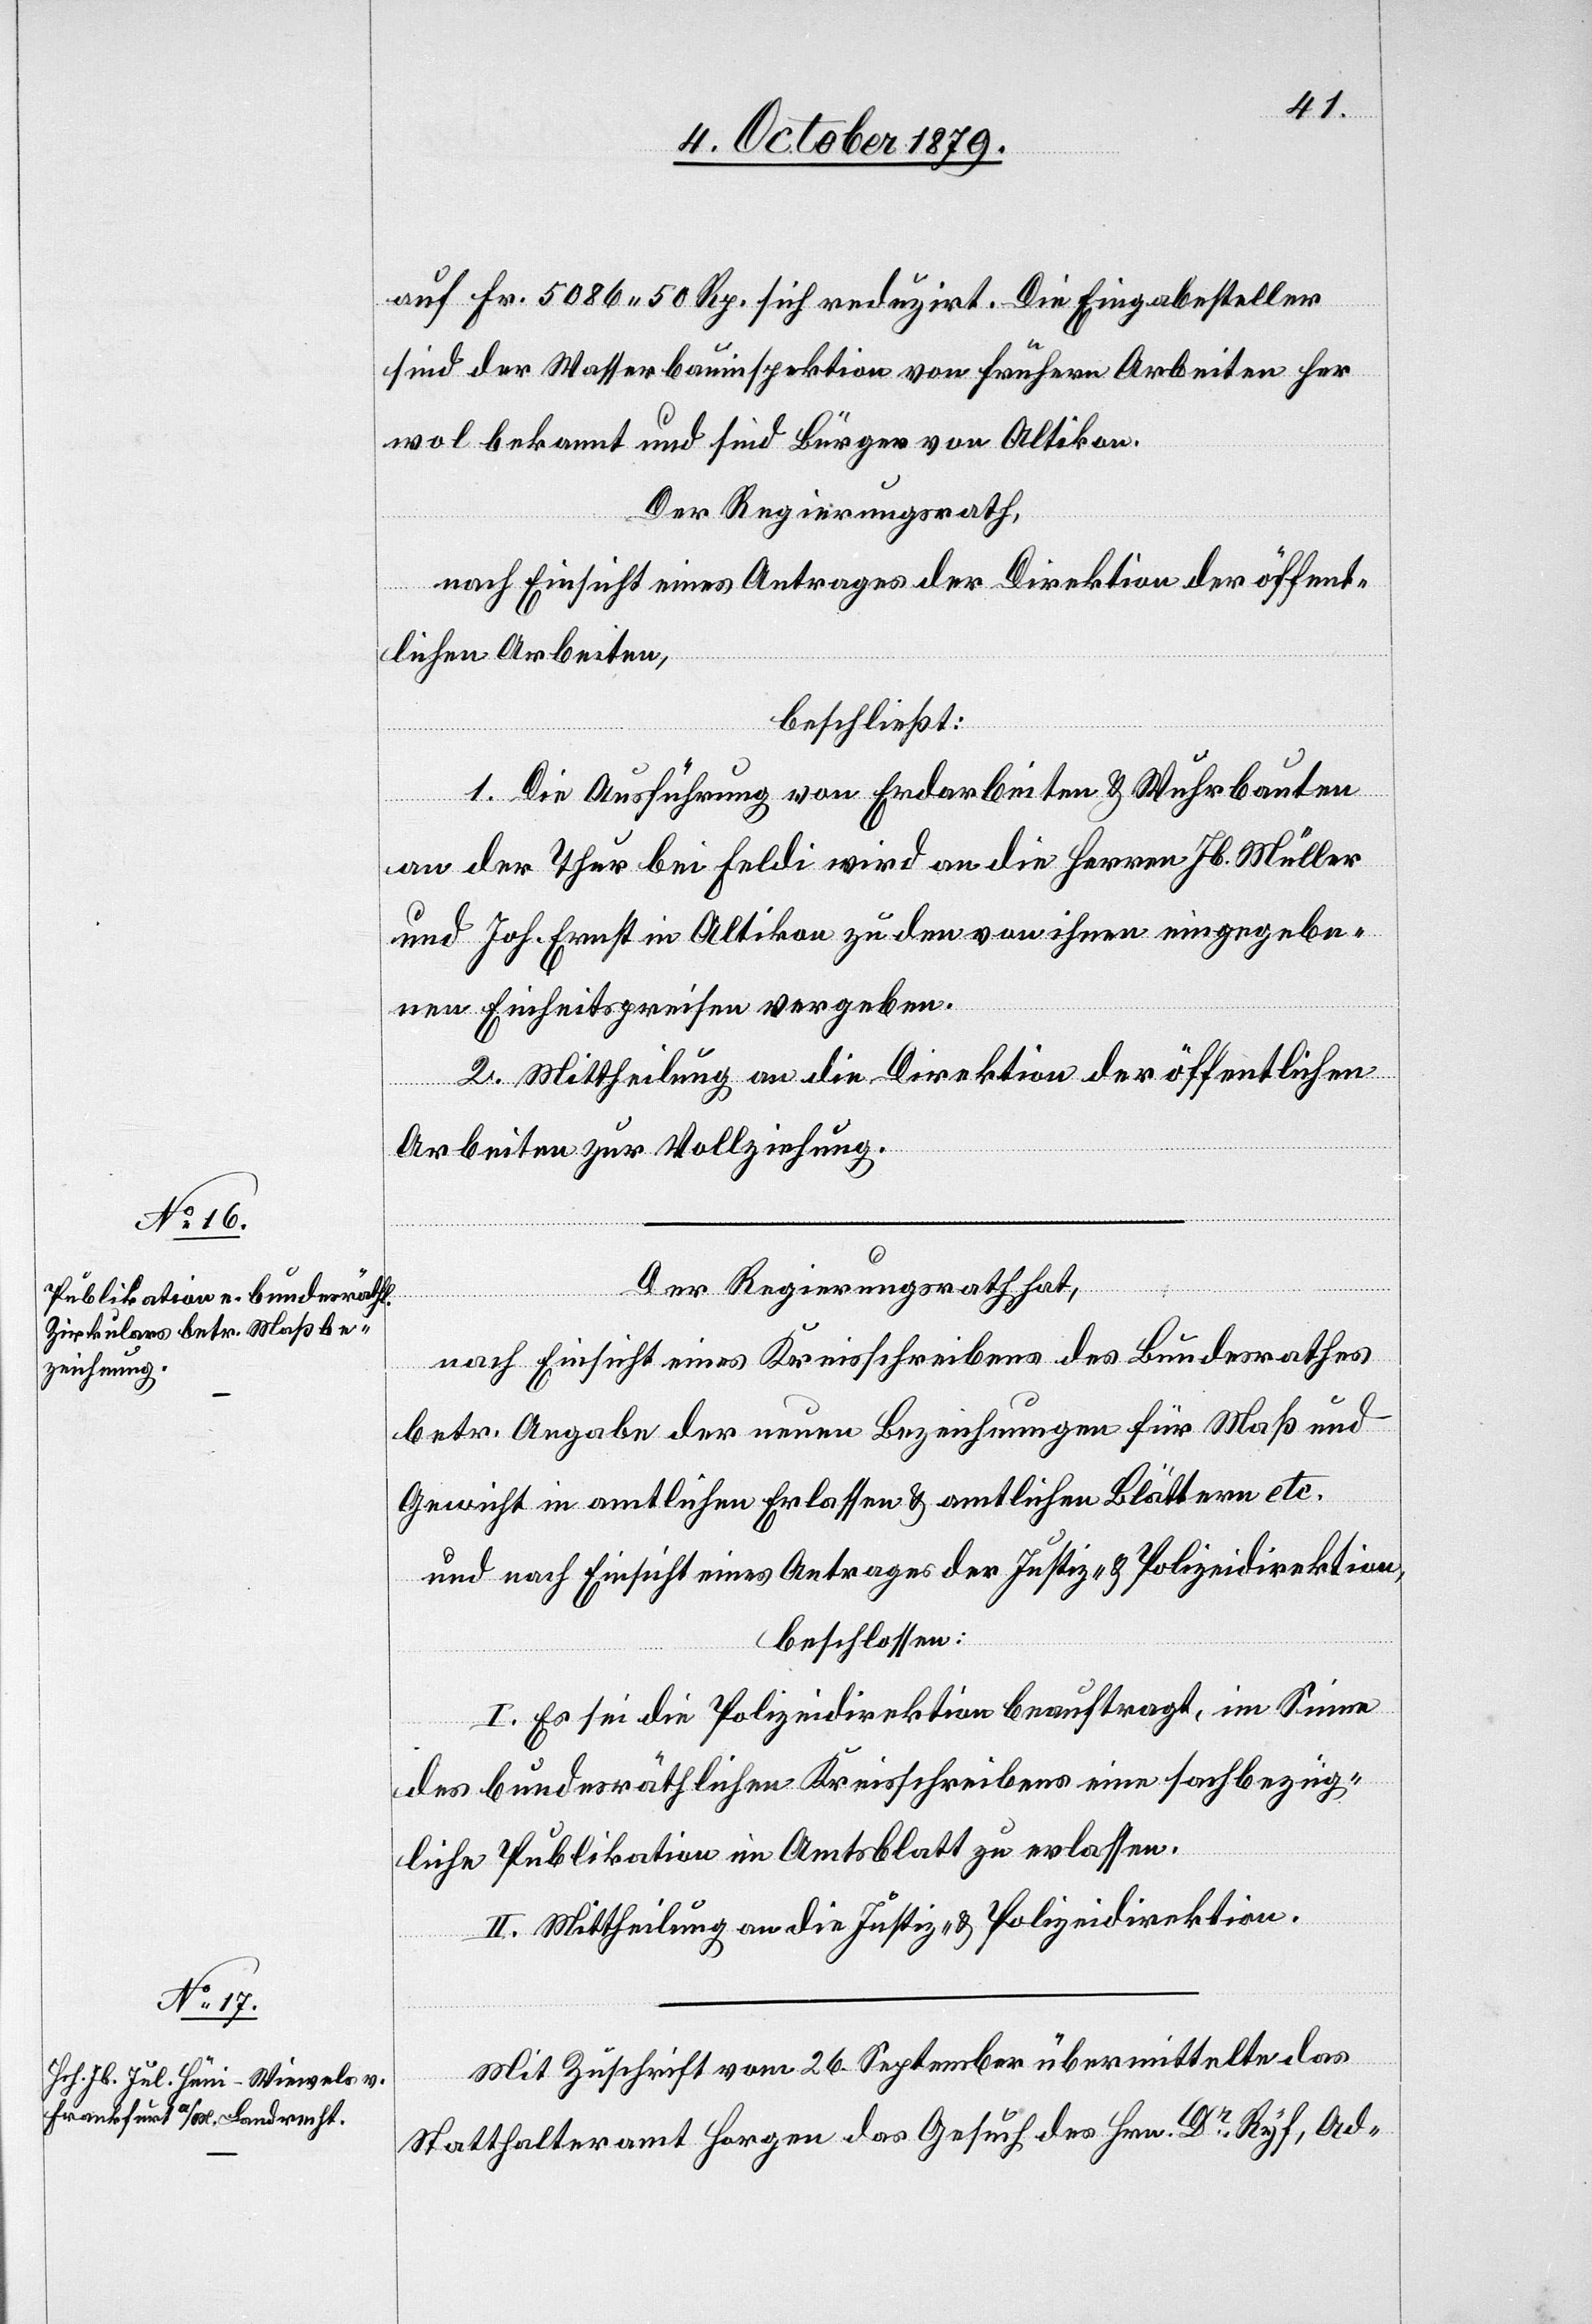
auf Fr. 5086 50 Rp. sich reduzirt. Die Eingabesteller
sind der Wasserbauinspektion von frühern Arbeiten
wol bekannt und sind Bürger von Altikon.
Der Regierungsrath,
nach Einsicht eines Antrages der Direktion der öffent¬
lichen Arbeiten,
beschließt:
1. Die Ausführung von Erdarbeiten & Wuhrarbeiten
an der Thur bei Feldi wird an die Herren Jb. Müller
und Joh. Ernst in Altikon zu den von ihnen eingegebe¬
nen Einheitspreisen vergeben.
2. Mittheilung an die Direktion der öffentlichen
Arbeiten zur Vollziehung.
Der Regierungsrath hat,
nach Einsicht eines Kreisschreibens des Bundesrathes
betr. Angabe der neuen Bezeichnungen für Maß und
Gewicht in amtlichen Erlassen & amtlichen Blättern etc.
und nach Einsicht eines Antrages der Justiz- & Polizeidirektion,
beschlossen:
I. Es sei die Polizeidirektion beauftragt, im Sinne
des bundesräthlichen Kreisschreibens eine sachbezüg¬
liche Publikation im Amtsblatt zu erlassen.
II. Mittheilung an die Justiz- & Polizeidirektion.
Mit Zuschrift vom 26. September übermittelte das
Statthalteramt Horgen das Gesuch des Hrn. Dr Ryf, Ad-